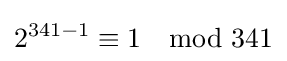
2^{341-1}\equiv 1\mod 341